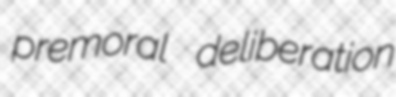
premoral deliberation